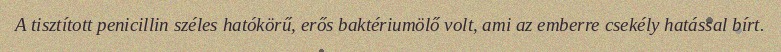
A tisztított penicillin széles hatókörű, erős baktériumölő volt, ami az emberre csekély hatással bírt.